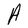
Character: A